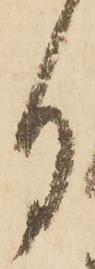
月